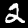
Digit: 2